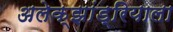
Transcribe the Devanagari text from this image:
अलेक्झांड्रियाला